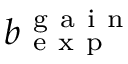
b _ { \mathrm { ~ e ~ x ~ p ~ } } ^ { \mathrm { ~ g ~ a ~ i ~ n ~ } }